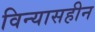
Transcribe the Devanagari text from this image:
विन्यासहीन